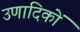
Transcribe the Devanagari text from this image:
उणादिकों